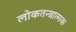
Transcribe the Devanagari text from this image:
लोकतन्त्रात्मक